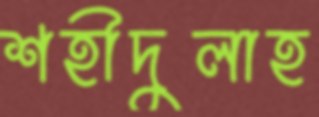
শহীদুলাহ